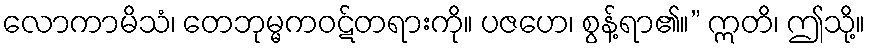
လောကာမိသံ၊ တေဘုမ္မကဝဋ်တရားကို။ ပဇဟေ၊ စွန့်ရာ၏။” ဣတိ၊ ဤသို့။